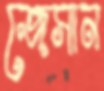
জেসান